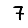
Digit: 7